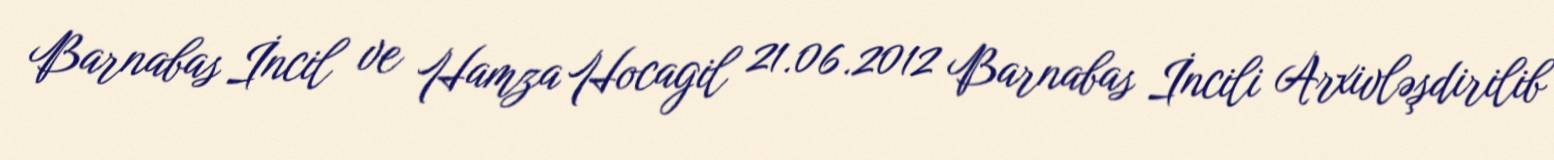
Barnabas İncil ve Hamza Hocagil 21.06.2012 Barnabas İncili Arxivləşdirilib